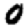
Digit: 0